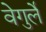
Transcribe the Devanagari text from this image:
वेगुर्ले